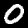
Digit: 0